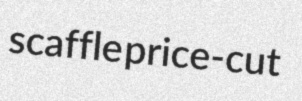
scaffle price-cut